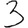
Digit: 3